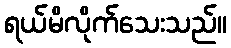
ရယ်မိလိုက်သေးသည်။